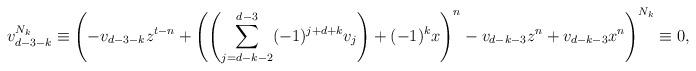
LaTeX: \begin{align*}&v_{d-3-k}^{N_k} \equiv \left(-v_{d-3-k}z^{t-n}+ \left(\left(\sum_{j = d-k-2}^{d-3}(-1)^{j+d+k} v_j \right)+(-1)^kx \right)^n-v_{d-k-3}z^n+v_{d-k-3}x^n \right)^{N_k} \equiv 0,\end{align*}